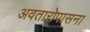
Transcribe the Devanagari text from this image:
अवतारोपासना